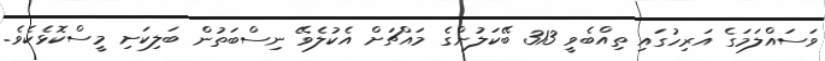
ވަސައްލަމަގެ އަރިހުގައި ތިއްބެވީ 313 ބޭކަލުންގެ މައްޗަށް އެކުލެވޭ ނިސްބަތުން ބަލިކަށި މީސްކޮޅެކެވެ.